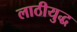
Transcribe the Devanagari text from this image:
लाठीयुद्ध